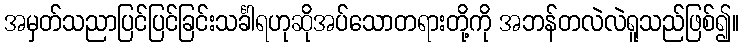
အမှတ်သညာပြင်ပြင်ခြင်းသင်္ခါရဟုဆိုအပ်သောတရားတို့ကို အဘန်တလဲလဲရူသည်ဖြစ်၍။